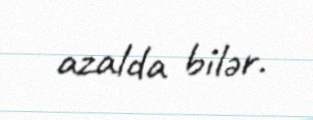
azalda bilər.